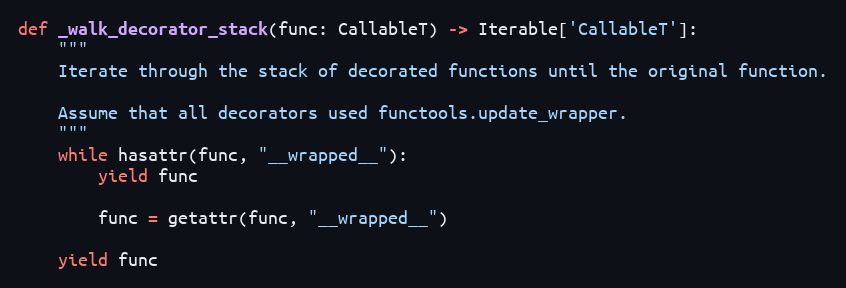
Language: Python
def _walk_decorator_stack(func: CallableT) -> Iterable['CallableT']:
    """
    Iterate through the stack of decorated functions until the original function.

    Assume that all decorators used functools.update_wrapper.
    """
    while hasattr(func, "__wrapped__"):
        yield func

        func = getattr(func, "__wrapped__")

    yield func